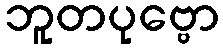
ဘူတပုဗ္ဗော